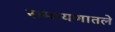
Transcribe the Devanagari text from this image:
रामायणातले